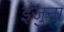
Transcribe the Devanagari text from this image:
इंजुना